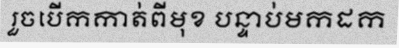
រួចបើកកាត់ពីមុខ បន្ទាប់មកដក